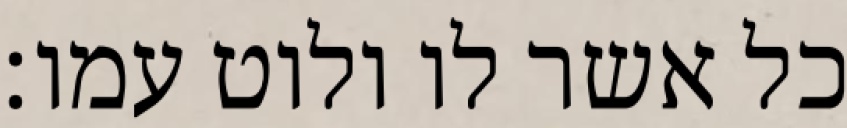
כל אשר לו ולוט עמו׃